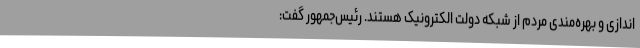
اندازی و بهره‌مندی مردم از شبکه دولت الکترونیک هستند. رئیس‌جمهور گفت: